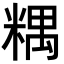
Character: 𥻑